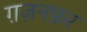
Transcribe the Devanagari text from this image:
ग़ज़नफ़र